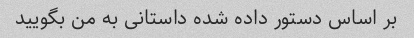
بر اساس دستور داده شده داستانی به من بگویید